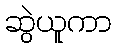
ဆွဲယူကာ